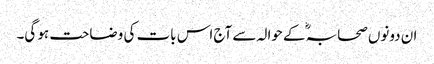
ان دونوں صحابہؓ کے حوالہ سے آج اس بات کی وضاحت ہو گی۔